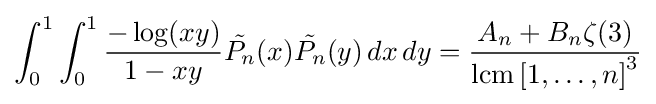
\int _{0}^{1}\int _{0}^{1}{\frac {-\log(xy)}{1-xy}}{\tilde {P_{n}}}(x){\tilde {P_{n}}}(y)\,dx\,dy={\frac {A_{n}+B_{n}\zeta (3)}{\operatorname {lcm} \left[1,\ldots ,n\right]^{3}}}